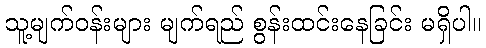
သူ့မျက်ဝန်းများ မျက်ရည် စွန်းထင်းနေခြင်း မရှိပါ။